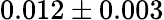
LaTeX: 0.012\pm 0.003